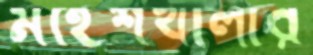
মহেশখালীর